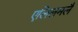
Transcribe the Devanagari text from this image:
एलिलमलै